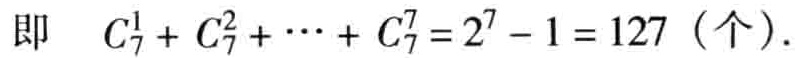
即 \(C_{7}^{1}+C_{7}^{2}+\cdots +C_{7}^{7}=2^{7}-1 = 127\)（个）.